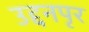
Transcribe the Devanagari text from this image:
उद्दनपृर